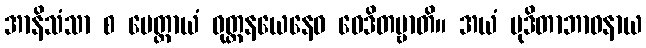
အာနိသံသာ စ မေတ္တာယံ ဝုတ္တနယေနေဝ ဝေဒိတဗ္ဗာတိ။ အယံ မုဒိတာဘာဝနာယ